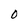
Character: O